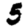
Digit: 5